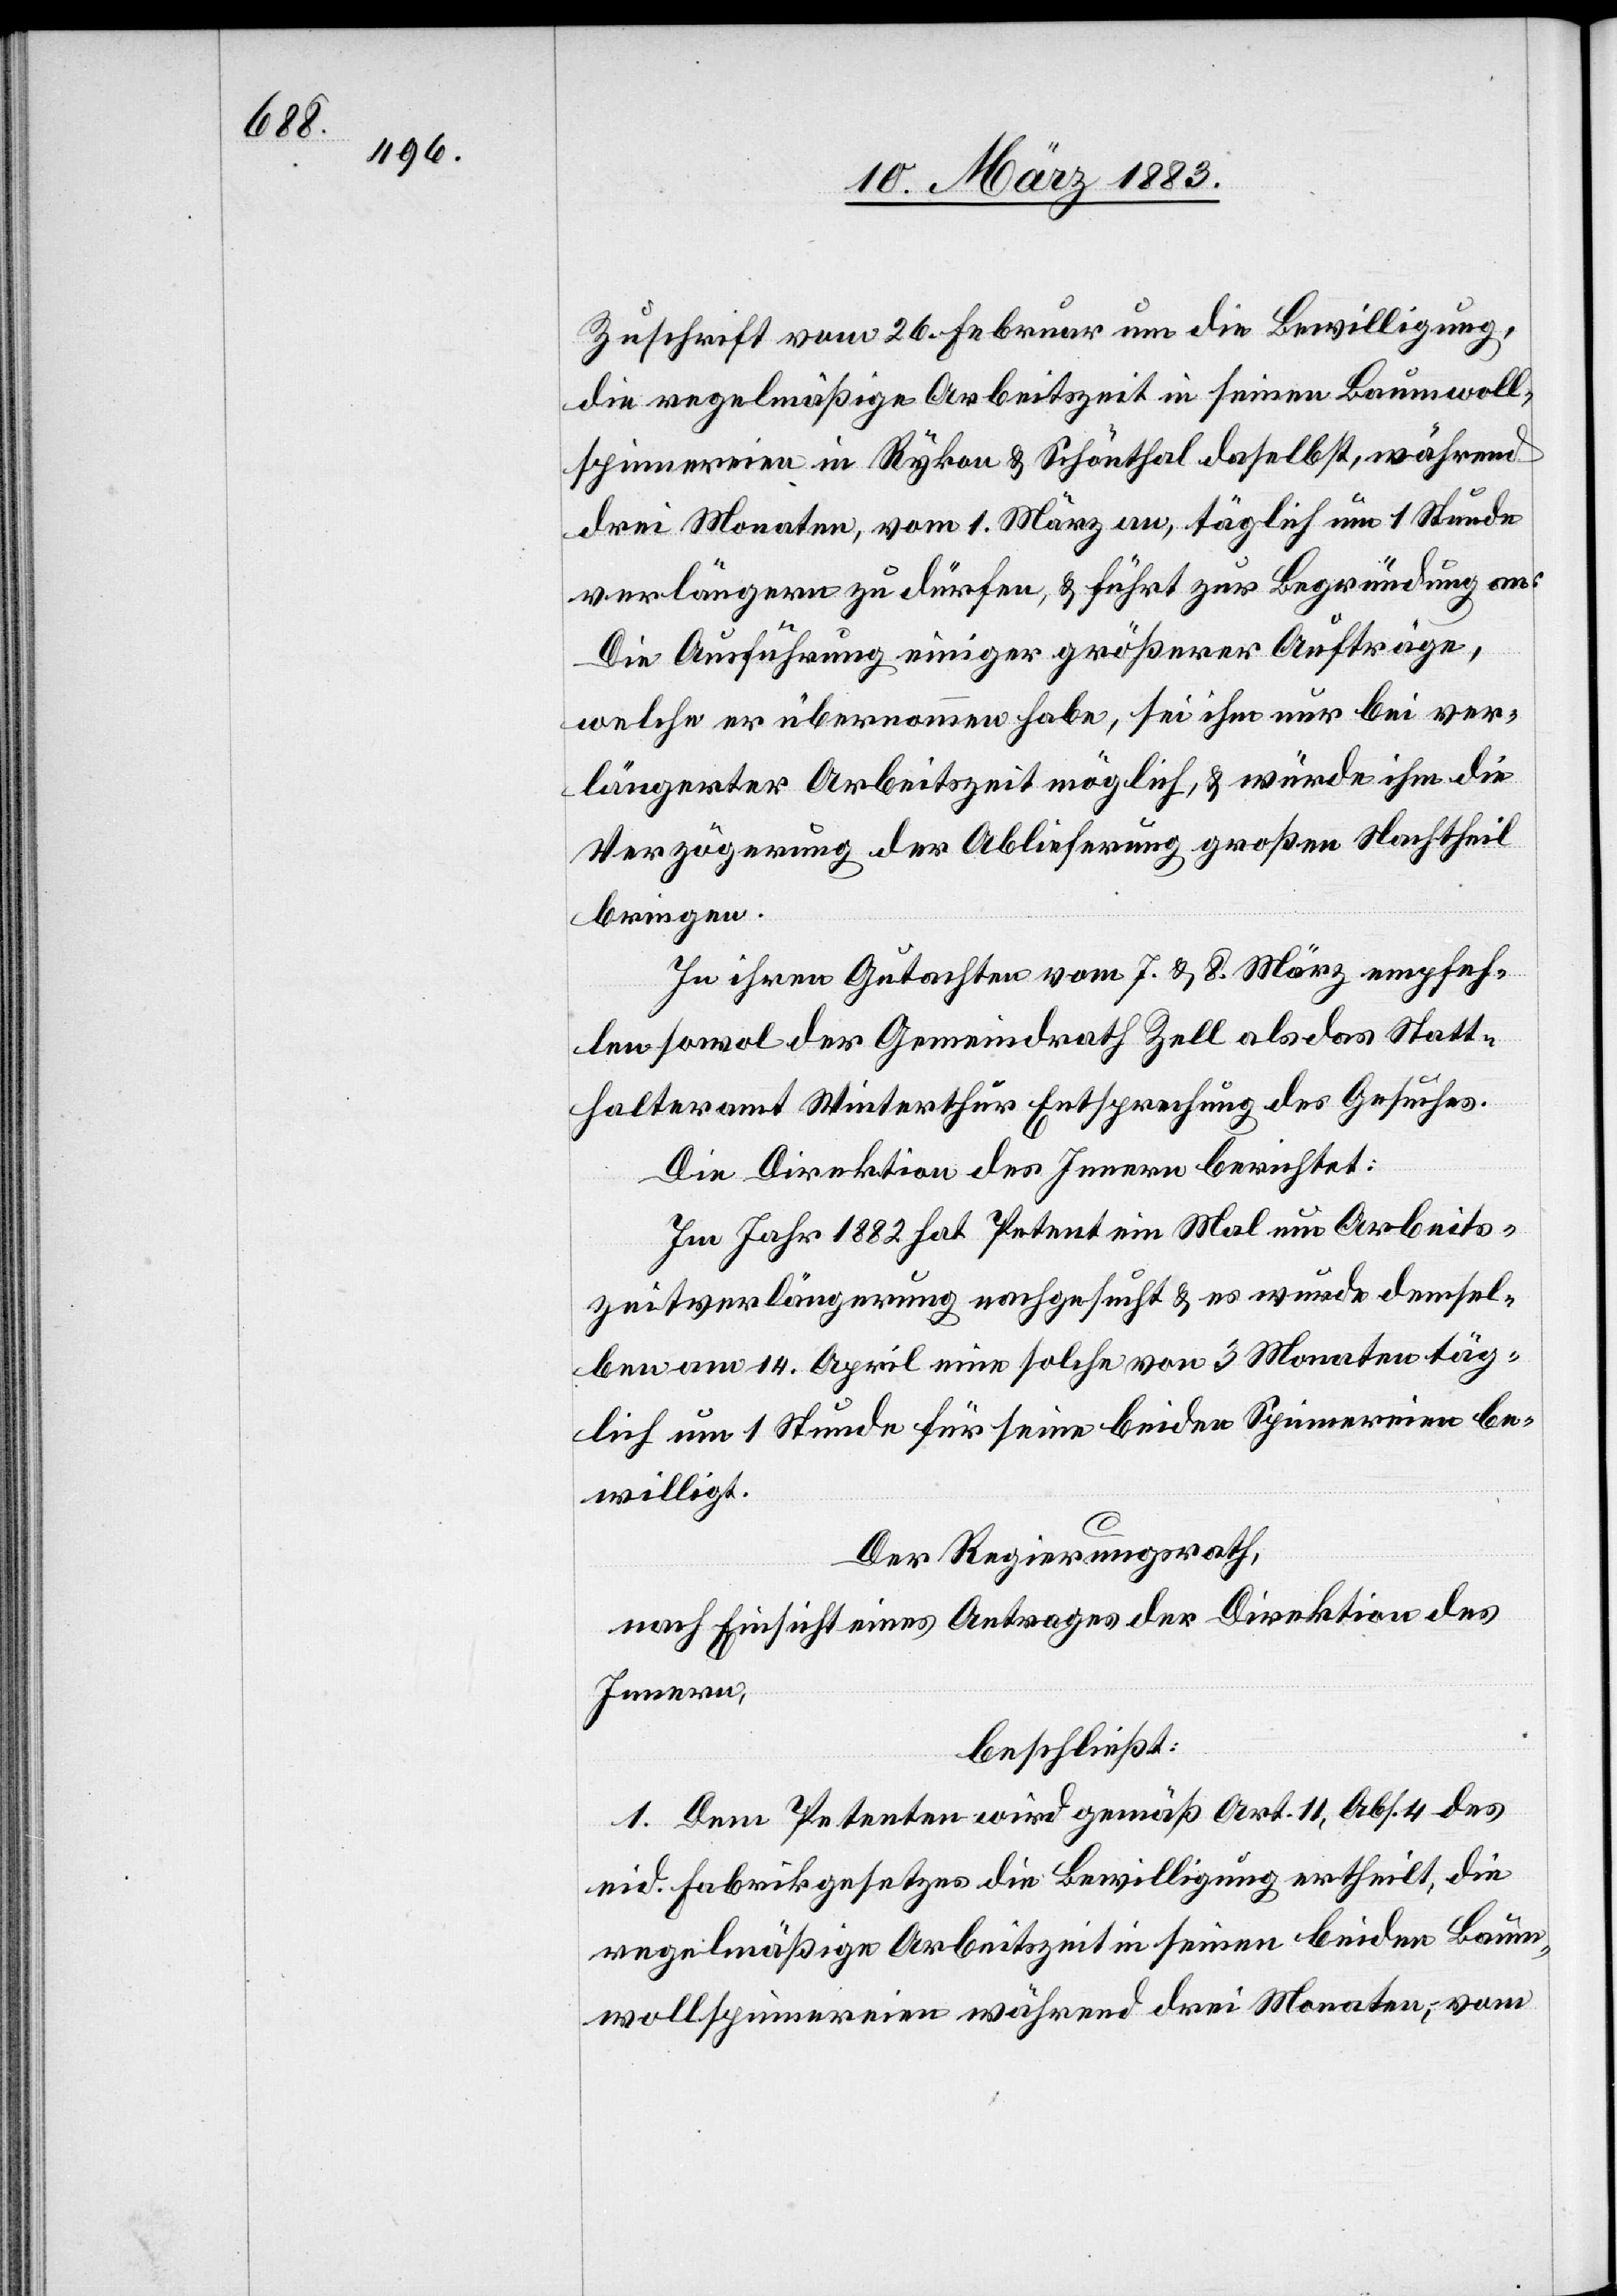
beiden

12. März 1883.]